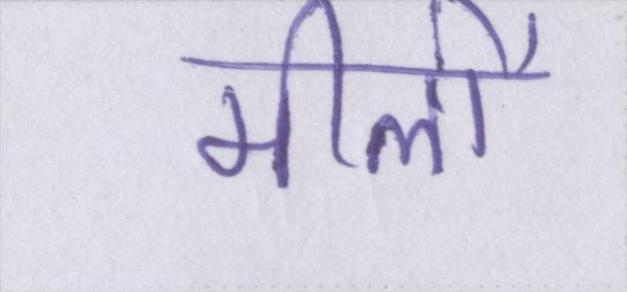
मीलों